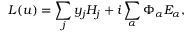
L ( u ) = \sum _ { j } y _ { j } H _ { j } + i \sum _ { \alpha } \Phi _ { \alpha } E _ { \alpha } ,